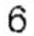
6